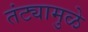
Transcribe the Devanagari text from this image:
तंट्यामुळे